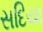
સદિયા